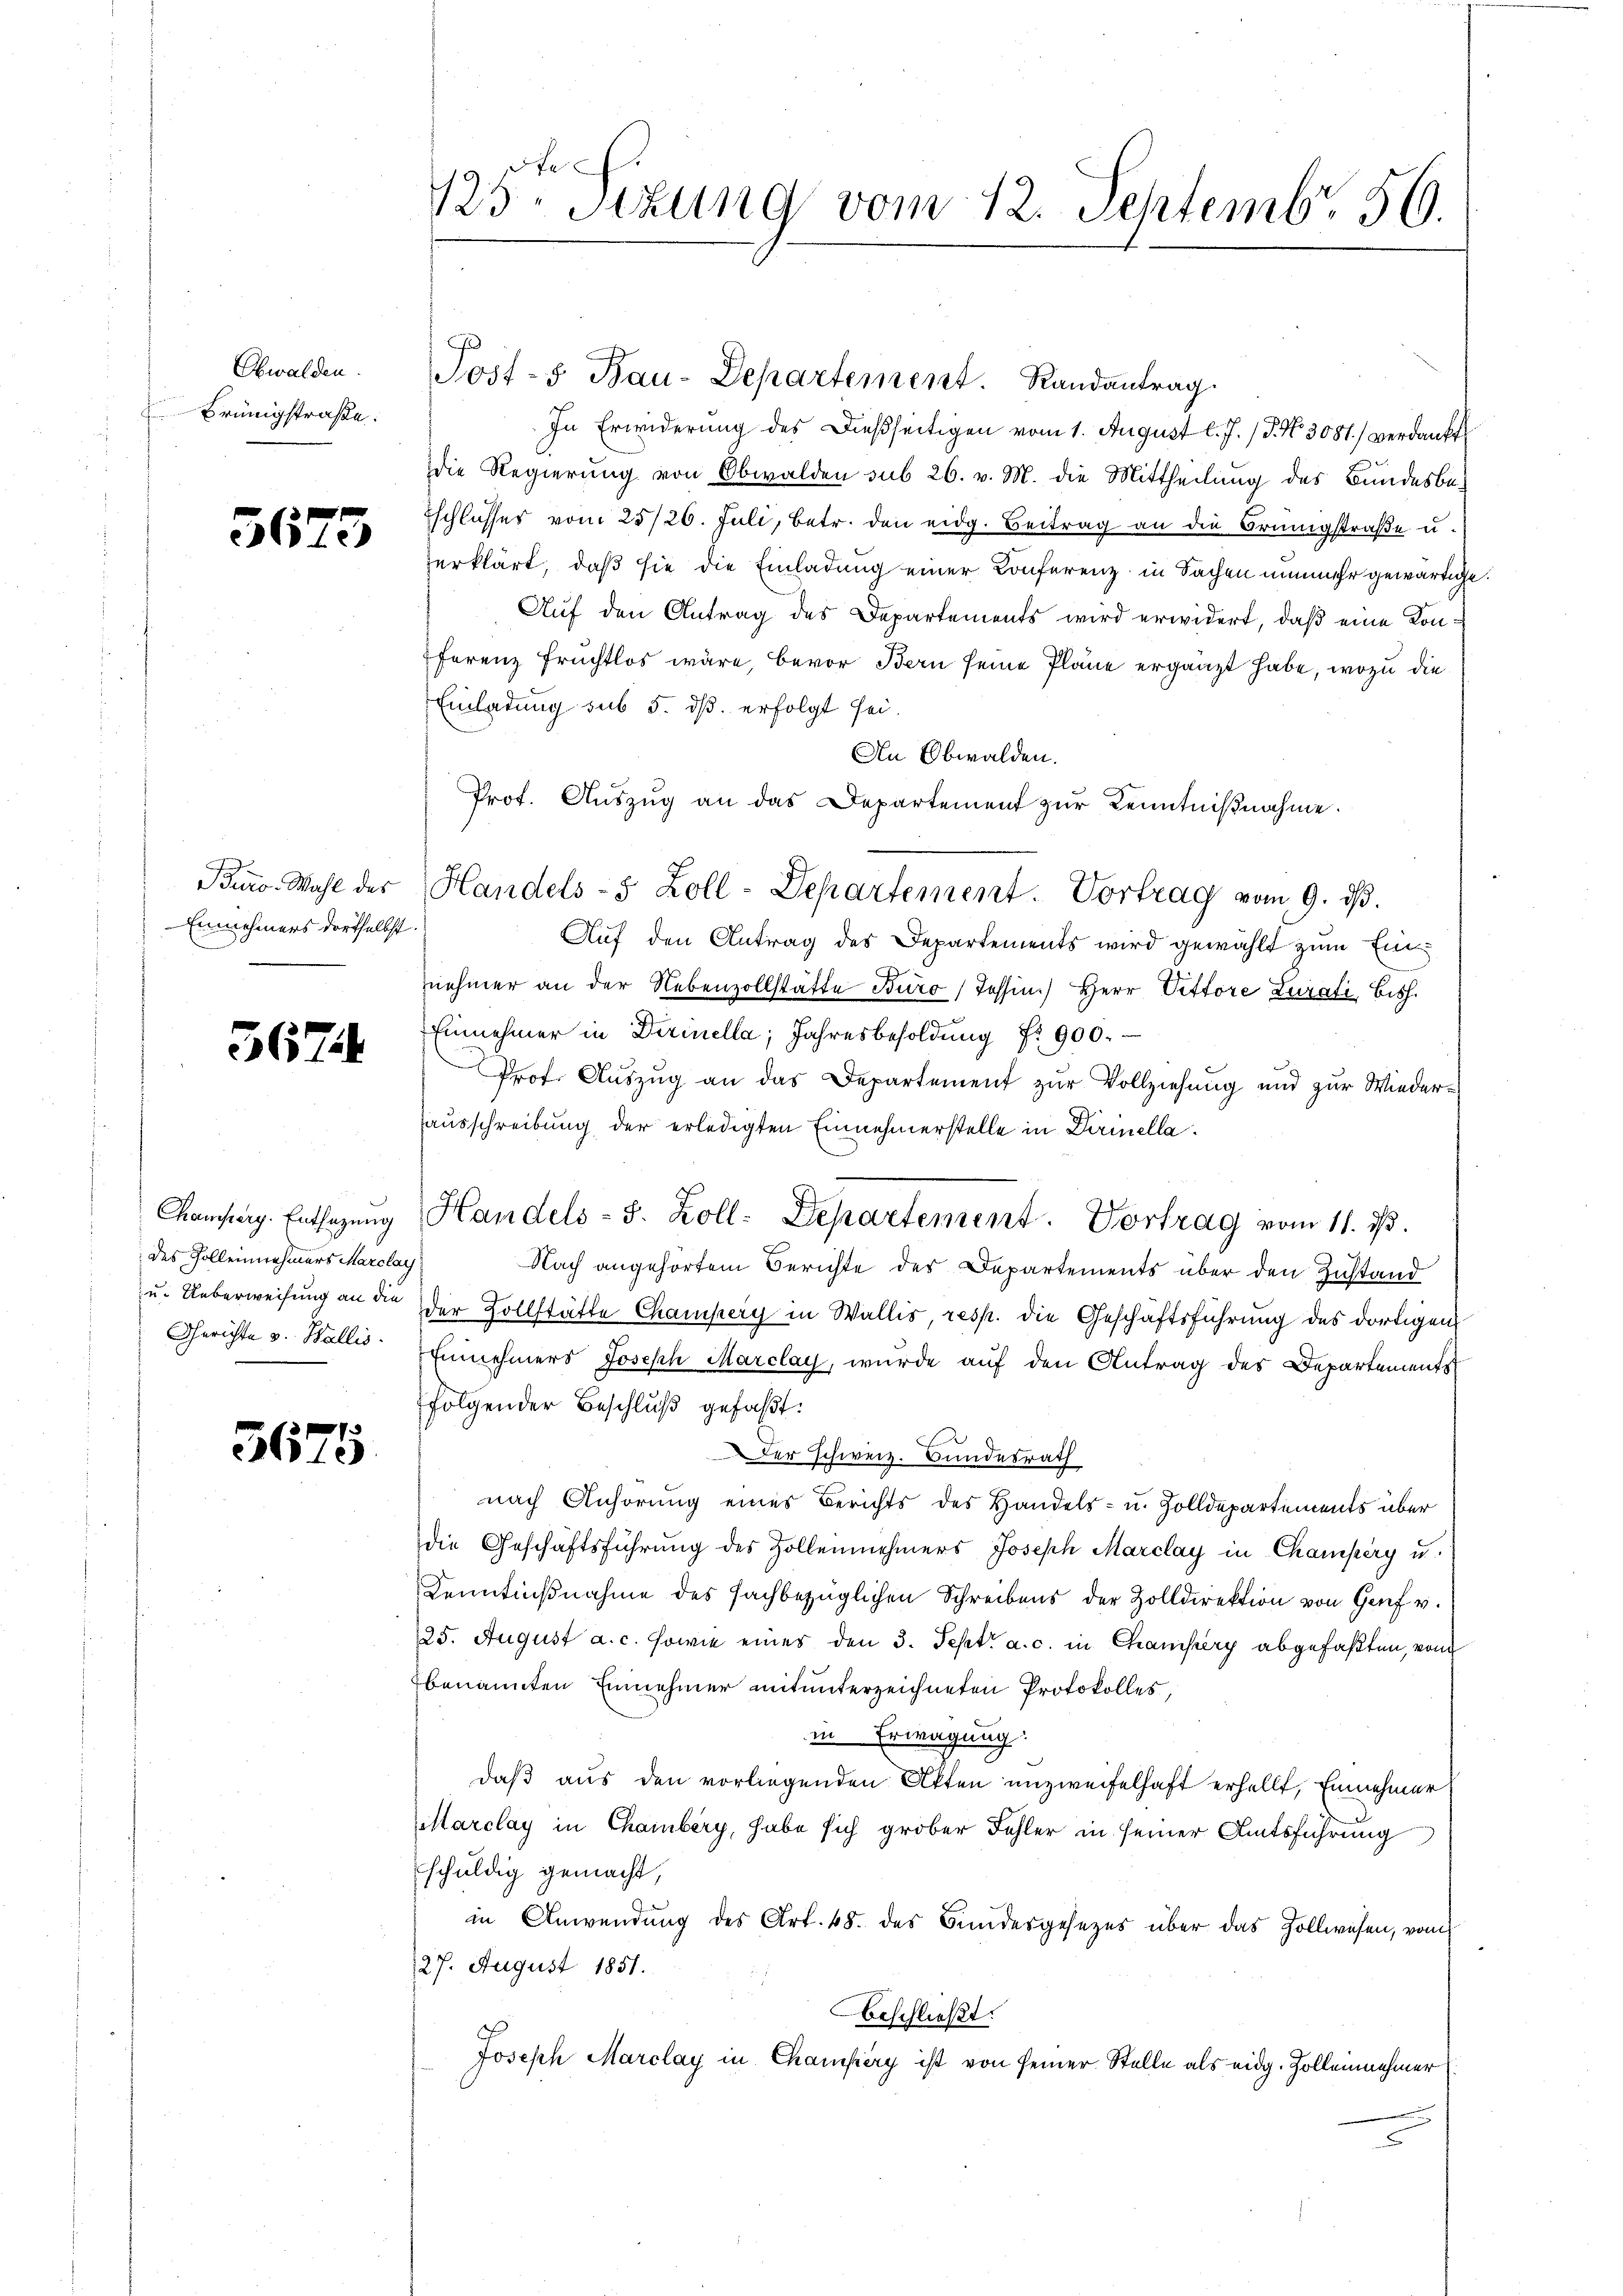
Obwalden.
Brünigstraße.

3673

Biro-Wahl des
Einnehmers dortselbst

567.

Champerg. Entsazung
des Kolleinnehmers Marclay
Gerichte v. Wallis.

3675

123ten Sizung vom 12. Septemb. 56.

In Erwiderung des Dießseitigen vom 1. August l. J. (T. N. 3081) verdankt
die Regierung von Obwalden sub 26. v. M. die Mittheilung des Bundesbe-
Eschlusses vom 25/26. Juli, betr. den eidg. Beitrag an die Brüngstraße u.
erklärt, daß sie die Einladung einer Konferenz in Sachen nunmehr gewärtige
Auf den Antrag des Departements wird erwidert, daß eine Konferenz Fruchtlos wäre, bevor Bern seine Pläne ergänzt habe, wozu die
Einladung sub 5. ds. erfolgt sei.
An Obwalden.
Prof. Auszug an das Departement zŭr Kenntnißnahme.
Auf den Antrag des Departements wird gewählt zum Einnehmer an der Nebenzollstätte Büro Tessin.) Herr Vittore Zurati, bish
Einnehmer in Dirinella, Jahresbesoldung Nr. 900.
Prof. Auszug an das Departement zur Vollziehung und zur Wiederausschreibung der erledigten Einnehmerstelle in Dirinella¬
Handels-S. Zoll: Departement. Vortrag vom 11. 13.
Nach angehörtem Berichte des Departements über den Zustand
u. Ueberweisung an die der Zollstätte Champery in Wallis, resp. die Geschäftsführung des dortigen
Einnehmers Joseph Marclay, wurde auf den Antrag des Departements
folgender Beschlŭβ gefaßt:
Der Schweiz. Bundesrath
nach Anhörung eines Berichts des Handels- u. Zolldepartements über
die Geschäftsführung des Zollennehmers Joseph Marclay in Champery u.
Kenntnißnahme des fachbezüglichen Schreibens der Zolldirektion von Genf v.
25. August a. c. sowie eines den 3. Sept. a. c. in Champerg abgefaßten, vom
benannten Einnehmer mitunterzeichneten Protokolles,
in Erwägung:
daß aus den vorliegenden Akten unzweifelhaft erhellt, Einehmer
Marclay in Chamberg, habe sich grober Fehler in seiner Amtsführung
schuldig gemacht,
in Anwendung des Art. 48. des Bundesgesezes über das Zollwesen, vom
27. August 1851.
beschließt:
Joseph Marclay in Champéry ist von seiner Stelle als eidg. Zolleinehmer

Josts Bau-Departement. Randantrag

Handels- 5 Zoll-Departement. Vortrag vom 9. dß.